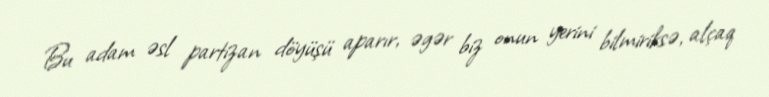
Bu adam əsl partizan döyüşü aparır, əgər biz onun yerini bilmiriksə, alçaq